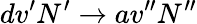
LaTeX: dv^{\prime}N^{\prime}\rightarrow av^{\prime\prime}N^{\prime\prime}